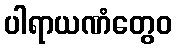
ပါရာယဏံတွေဝ